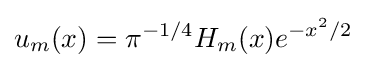
u_{m}(x)=\pi ^{-1/4}H_{m}(x)e^{-x^{2}/2}